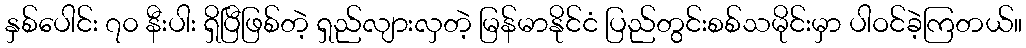
နှစ်ပေါင်း ၇၀ နီးပါး ရှိပြီဖြစ်တဲ့ ရှည်လျားလှတဲ့ မြန်မာနိုင်ငံ ပြည်တွင်းစစ်သမိုင်းမှာ ပါဝင်ခဲ့ကြတယ်။